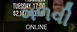
ગળવી